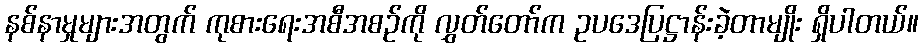
နစ်နာမှုများအတွက် ကုစားရေးအစီအစဉ်ကို လွှတ်တော်က ဥပဒေပြဋ္ဌာန်းခဲ့တာမျိုး ရှိပါတယ်။